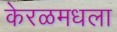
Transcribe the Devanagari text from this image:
केरळमधला